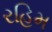
રહિમ